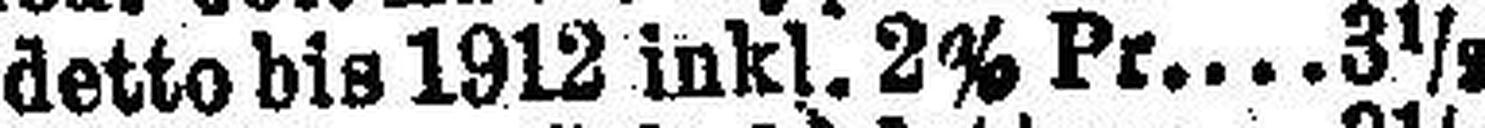
detto bis 1912 inkl. 2% Pr 3½